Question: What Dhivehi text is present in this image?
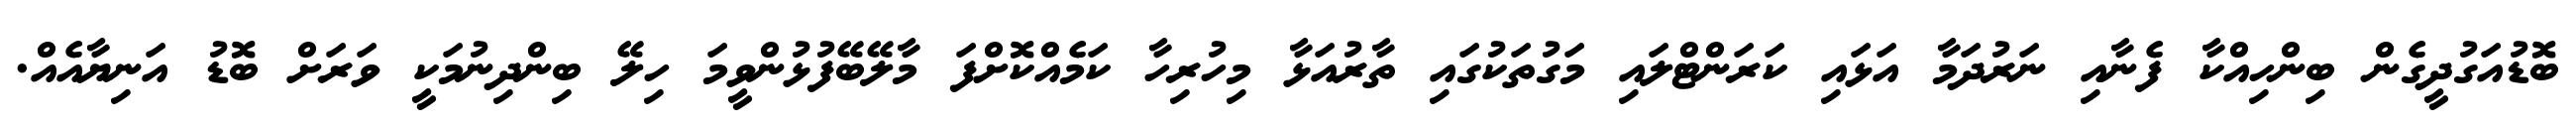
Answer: ބޮޑުއަގުދީގެން ބިންހިއްކާ ފެނާއި ނަރުދަމާ އަޅައި ކަރަންޓްލައި މަގުތަކުގައި ތާރުއަޅާ މިހުރިހާ ކަމެއްކޮށްފަ މާލޭބޭފުޅުންވީމަ ހިލޭ ބިންދިނުމަކީ ވަރަށް ބޮޑު އަނިޔާއެއް.